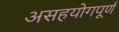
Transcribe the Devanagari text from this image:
असहयोगपूर्ण